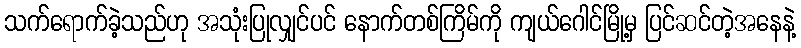
သက်ရောက်ခဲ့သည်ဟု အသုံးပြုလျှင်ပင် နောက်တစ်ကြိမ်ကို ကျယ်ဂေါင်မြို့မှ ပြင်ဆင်တဲ့အနေနဲ့